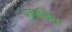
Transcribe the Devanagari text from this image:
प्र्काशित